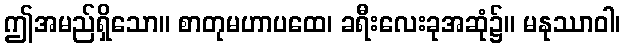
ဤအမည်ရှိသော။ စာတုမဟာပထေ၊ ခရီးလေးခုအဆုံ၌။ မနုဿာဝါ၊